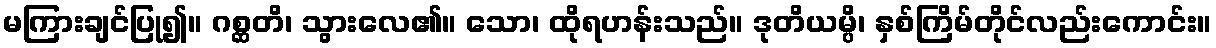
မကြားချင်ပြု၍။ ဂစ္ဆတိ၊ သွားလေ၏။ သော၊ ထိုရဟန်းသည်။ ဒုတိယမ္ပိ၊ နှစ်ကြိမ်တိုင်လည်းကောင်း။